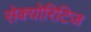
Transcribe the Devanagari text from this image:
सेक्योरिटिज